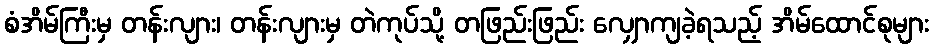
စံအိမ်ကြီးမှ တန်းလျား၊ တန်းလျားမှ တဲကုပ်သို့ တဖြည်းဖြည်း လျှောကျခဲ့ရသည့် အိမ်ထောင်စုများ